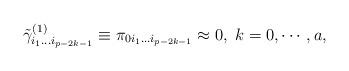
LaTeX: \begin{align*}\tilde \gamma _{i_1\ldots i_{p-2k-1}}^{(1)}\equiv \pi_{0i_1\ldots i_{p-2k-1}}\approx 0,\;k=0,\cdots ,a,\end{align*}